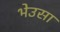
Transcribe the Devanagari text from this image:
भेउसा